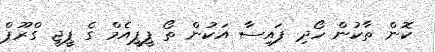
ކޮން ތާކުން ހޯދި ފައިސާ އަކުން ތޯ ޕީޕީއެމް ގެ ޕީޖީ ގްރޫޕް